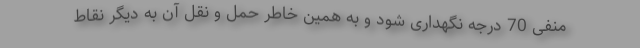
منفی 70 درجه نگهداری شود و به همین خاطر حمل و نقل آن به دیگر نقاط